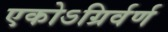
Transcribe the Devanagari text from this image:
एकोऽग्रिर्वर्ण